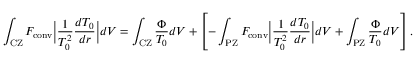
\int _ { \mathrm { C Z } } F _ { \mathrm { c o n v } } \bigg | \frac { 1 } { T _ { 0 } ^ { 2 } } \frac { d T _ { 0 } } { d r } \bigg | d V = \int _ { \mathrm { C Z } } \frac { \Phi } { T _ { 0 } } d V + \left[ - \int _ { \mathrm { P Z } } F _ { \mathrm { c o n v } } \bigg | \frac { 1 } { T _ { 0 } ^ { 2 } } \frac { d T _ { 0 } } { d r } \bigg | d V + \int _ { \mathrm { P Z } } \frac { \Phi } { T _ { 0 } } d V \right] .